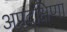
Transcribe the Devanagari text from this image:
अप्रदक्षिणा